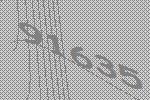
91635